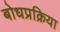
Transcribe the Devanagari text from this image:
बोधप्रक्रिया